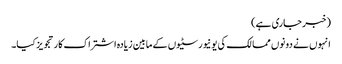
(خبر جاری ہے)
انہوں نے دونوں ممالک کی یونیورسٹیوں کے مابین زیادہ اشتراک کار تجویز کیا۔